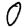
Digit: 0